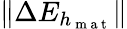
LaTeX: \| \Delta E_{h_{\mathrm{~m~a~t~}}}\|